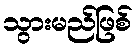
သွားမည်ဖြစ်